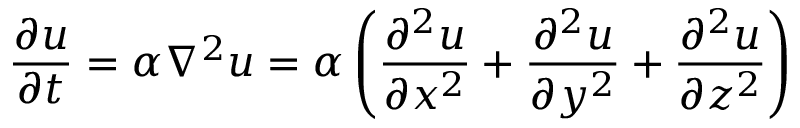
{ \frac { \partial u } { \partial t } } = \alpha \nabla ^ { 2 } u = \alpha \left( { \frac { \partial ^ { 2 } u } { \partial x ^ { 2 } } } + { \frac { \partial ^ { 2 } u } { \partial y ^ { 2 } } } + { \frac { \partial ^ { 2 } u } { \partial z ^ { 2 } } } \right)